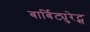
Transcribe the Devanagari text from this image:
बार्बिट्युरेट्स